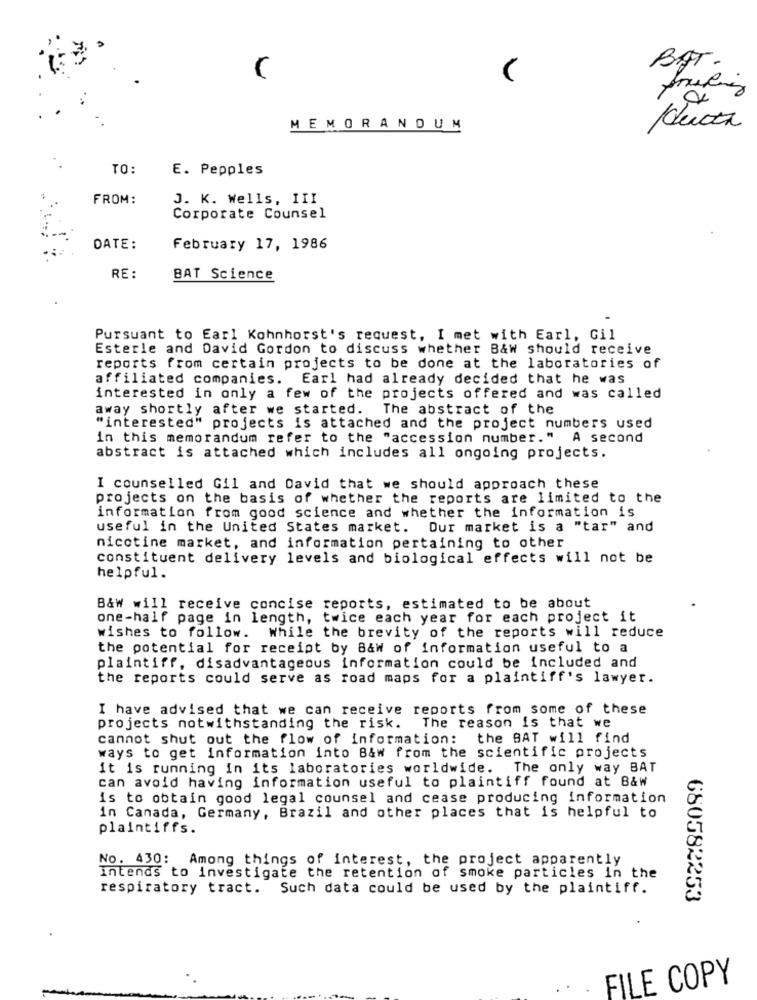
BAT.
MEMORANDUM
ducta
TO:
E. Pepples
FROM:
J. K. Wells, III
Corporate Counsel
DATE:
February 17, 1986
RE :
BAT Science
Pursuant to Earl Kohnhorst's request, I met with Earl, Gil
Esterle and David Gordon to discuss whether B&w should receive
reports from certain projects to be done at the laboratories of
affiliated companies. Earl had already decided that he was
interested in only a few of the projects offered and was called
away shortly after we started. The abstract of the
"interested" projects is attached and the project numbers used
in this memorandum refer to the "accession number." A second
abstract is attached which includes all ongoing projects.
I counselled Gil and David that we should approach these
projects on the basis of whether the reports are limited to the
information from good science and whether the information is
useful in the United States market. Dur market is a "tar" and
nicotine market, and information pertaining to other
constituent delivery levels and biological effects will not be
helpful.
B&W will receive concise reports, estimated to be about
one-half page in length, twice each year for each project it
wishes to follow. While the brevity of the reports will reduce
the potential for receipt by B&w of information useful to a
plaintiff, disadvantageous information could be included and
the reports could serve as road maps for a plaintiff's lawyer.
I have advised that we can receive reports from some of these
projects notwithstanding the risk.
The reason is that we
cannot shut out the flow of information: the BAT will find
ways to get information into B&w from the scientific projects
it is running in its laboratories worldwide. The only way BAT
can avoid having information useful to plaintiff found at B&w
is to obtain good legal counsel and cease producing information
in Canada, Germany, Brazil and other places that is helpful to
plaintiffs.
No. 430: Among things of interest, the project apparently
Intends to investigate the retention of smoke particles in the
respiratory tract. Such data could be used by the plaintiff.
680582253
FILE COPY